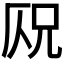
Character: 𠩣